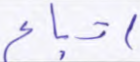
اتباع